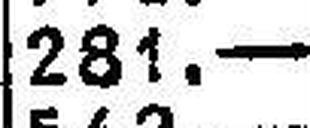
281.—